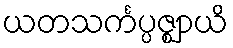
ယတသင်္ကပ္ပဇ္ဈာယိ